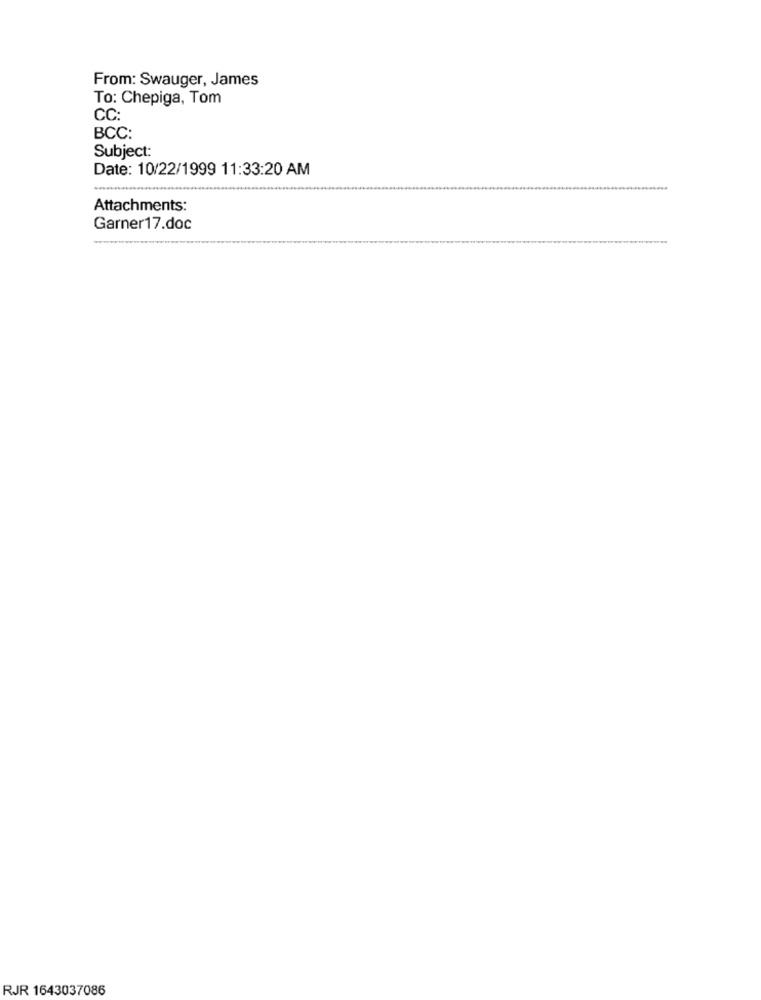
From: Swauger, James
To: Chepiga, Tom
CC:
BCC:
Subject:
Date: 10/22/1999 11:33:20 AM
Attachments:
Garner17.doc
RJR 1643037086